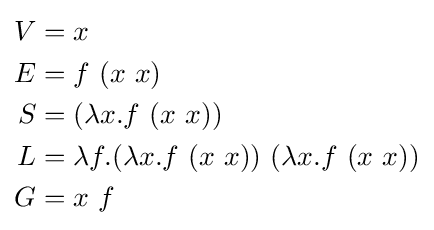
{\begin{aligned}V&=x\\E&=f\ (x\ x)\\S&=(\lambda x.f\ (x\ x))\\L&=\lambda f.(\lambda x.f\ (x\ x))\ (\lambda x.f\ (x\ x))\\G&=x\ f\end{aligned}}